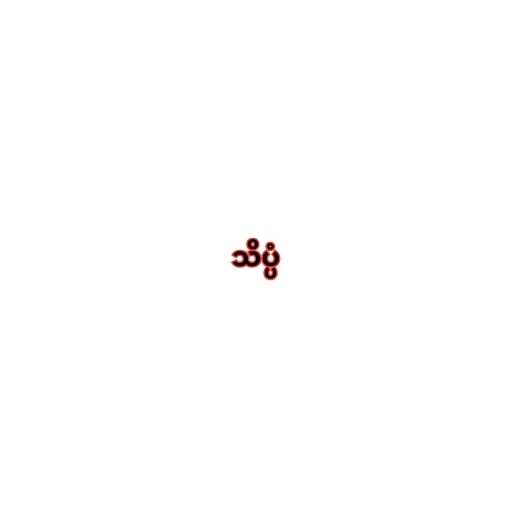
သိပ္ပံ